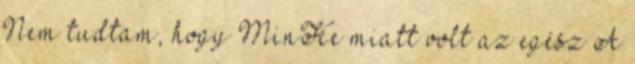
Nem tudtam, hogy MinHe miatt volt az egész A